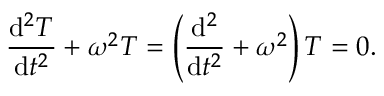
{ \frac { \mathrm { d } ^ { 2 } T } { \mathrm { d } t ^ { 2 } } } + \omega ^ { 2 } T = \left( { \frac { \mathrm { d } ^ { 2 } } { \mathrm { d } t ^ { 2 } } } + \omega ^ { 2 } \right) T = 0 .